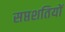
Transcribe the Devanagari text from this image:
सप्तशतियों